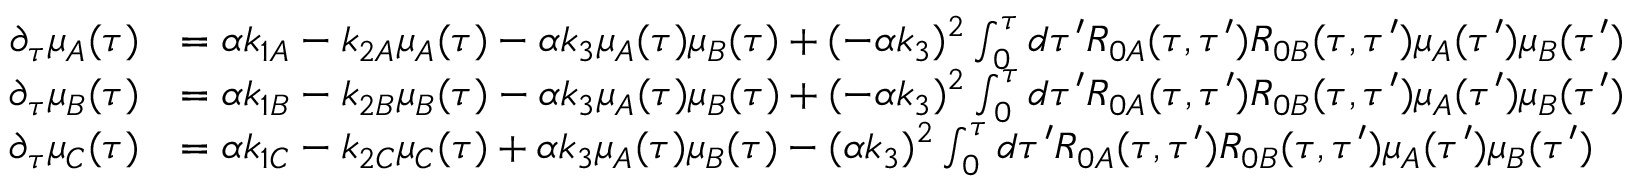
\begin{array} { r l } { \partial _ { \tau } \mu _ { A } ( \tau ) } & { = \alpha k _ { 1 A } - k _ { 2 A } \mu _ { A } ( \tau ) - \alpha k _ { 3 } \mu _ { A } ( \tau ) \mu _ { B } ( \tau ) + ( - \alpha k _ { 3 } ) ^ { 2 } \int _ { 0 } ^ { \tau } d \tau ^ { \prime } R _ { 0 A } ( \tau , \tau ^ { \prime } ) R _ { 0 B } ( \tau , \tau ^ { \prime } ) \mu _ { A } ( \tau ^ { \prime } ) \mu _ { B } ( \tau ^ { \prime } ) } \\ { \partial _ { \tau } \mu _ { B } ( \tau ) } & { = \alpha k _ { 1 B } - k _ { 2 B } \mu _ { B } ( \tau ) - \alpha k _ { 3 } \mu _ { A } ( \tau ) \mu _ { B } ( \tau ) + ( - \alpha k _ { 3 } ) ^ { 2 } \int _ { 0 } ^ { \tau } d \tau ^ { \prime } R _ { 0 A } ( \tau , \tau ^ { \prime } ) R _ { 0 B } ( \tau , \tau ^ { \prime } ) \mu _ { A } ( \tau ^ { \prime } ) \mu _ { B } ( \tau ^ { \prime } ) } \\ { \partial _ { \tau } \mu _ { C } ( \tau ) } & { = \alpha k _ { 1 C } - k _ { 2 C } \mu _ { C } ( \tau ) + \alpha k _ { 3 } \mu _ { A } ( \tau ) \mu _ { B } ( \tau ) - ( \alpha k _ { 3 } ) ^ { 2 } \int _ { 0 } ^ { \tau } d \tau ^ { \prime } R _ { 0 A } ( \tau , \tau ^ { \prime } ) R _ { 0 B } ( \tau , \tau ^ { \prime } ) \mu _ { A } ( \tau ^ { \prime } ) \mu _ { B } ( \tau ^ { \prime } ) } \end{array}